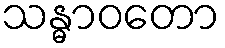
သန္ဓာဝတော